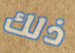
ذلك